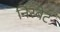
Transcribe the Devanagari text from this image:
निस्बेट